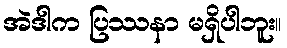
အဲဒါက ပြဿနာ မရှိပါဘူး။